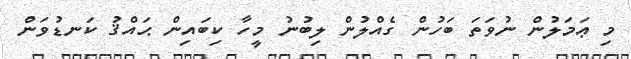
މި ޢަމަލުން ނުވަތަ ބަހުން ގެއްލުން ލިބުނު މީހާ ކިބައިން ޙައްޤު ކަނޑުވަން